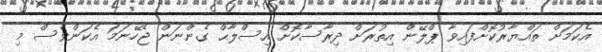
އެކަމަށް ތައްޔާރުކޮށްފައިވާ ޕްލޭން އިތުރަށް ދިރާސާކޮށް އިސްލާޙް ގެންނަން ޖެހޭނަމަ އެކަންވެސް މި